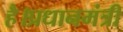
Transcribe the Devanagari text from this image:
है।प्रधानमंत्री